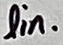
Text: lin.